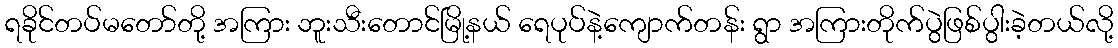
ရခိုင်တပ်မတော်တို့ အကြား ဘူးသီးတောင်မြို့နယ် ရေပုပ်နဲ့ကျောက်တန်း ရွာ အကြားတိုက်ပွဲဖြစ်ပွါးခဲ့တယ်လို့